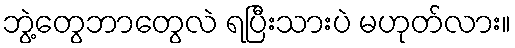
ဘွဲ့တွေဘာတွေလဲ ရပြီးသားပဲ မဟုတ်လား။